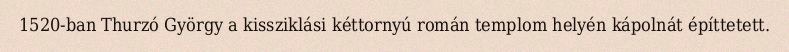
1520-ban Thurzó György a kissziklási kéttornyú román templom helyén kápolnát építtetett.